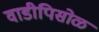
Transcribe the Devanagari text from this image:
वाडीपिसोळ